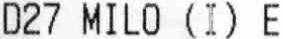
D27 MILO (I) E